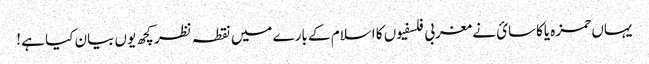
یہاں حمزه یاکاسائ نے مغربی فلسفیوں کا اسلام کے بارے میں نقطہ نظر کچھ یوں بیان کیا ہے !